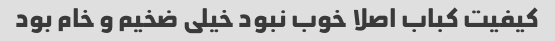
کیفیت کباب اصلا خوب نبود خیلی ضخیم و خام بود